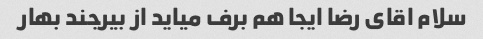
سلام اقای رضا ایجا هم برف میاید از بیرجند بهار